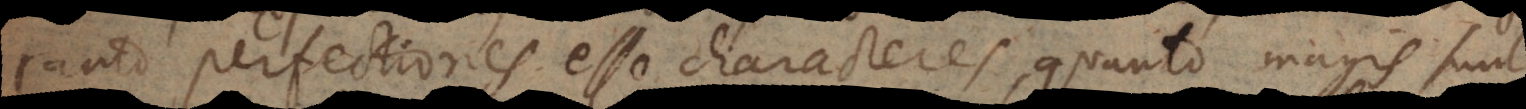
tanto perfectiores esse characteres, quanto magis sunt